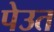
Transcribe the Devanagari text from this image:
पेउत